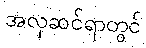
အလှဆင်ရာတွင်